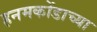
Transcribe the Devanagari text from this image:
हनमकोंडाच्या